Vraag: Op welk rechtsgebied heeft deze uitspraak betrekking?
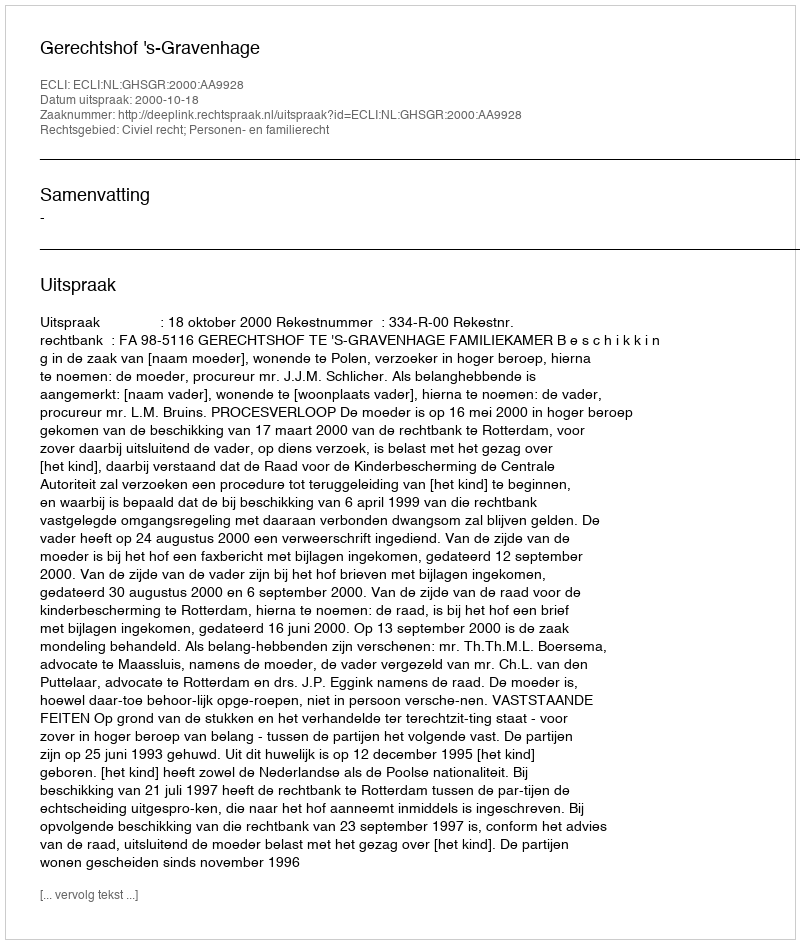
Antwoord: Civiel recht; Personen- en familierecht